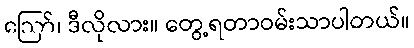
ဪ၊ ဒီလိုလား။ တွေ့ရတာဝမ်းသာပါတယ်။